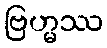
ဗြဟ္မဿ